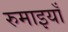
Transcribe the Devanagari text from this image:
रुमाइयाँ